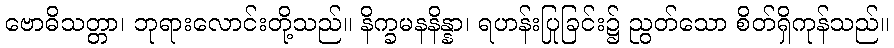
ဗောဓိသတ္တာ၊ ဘုရားလောင်းတို့သည်။ နိက္ခမနနိန္နာ၊ ရဟန်းပြုခြင်း၌ ညွတ်သော စိတ်ရှိကုန်သည်။